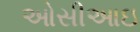
ઓસીઆઇ